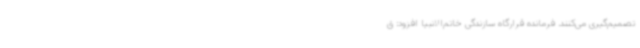
تصمیم‌گیری می‌کنند. فرمانده قرارگاه سازندگی خاتم‌الانبیا افزود: ق